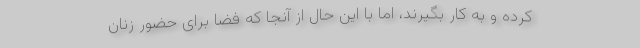
کرده و به کار بگیرند، اما با این حال از آنجا که فضا برای حضور زنان